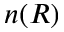
n ( R )